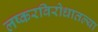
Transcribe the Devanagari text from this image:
लष्करविरोधातल्या